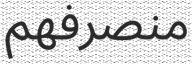
منصرفھم